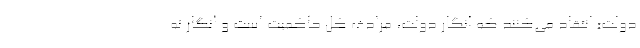
دولت» انتقاد می‌کنند که انگار دولت، مرادف کل حاکمیت است و انگار نه